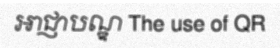
អាជ្ញាបណ្ឌ The use of QR